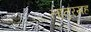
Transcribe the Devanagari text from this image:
लातूरसह